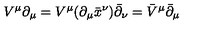
V ^ { \mu } \partial _ { \mu } = V ^ { \mu } ( \partial _ { \mu } { \bar { x } } ^ { \nu } ) \bar { \partial } _ { \nu } = { \bar { V } } ^ { \mu } { \bar { \partial } } _ { \mu }